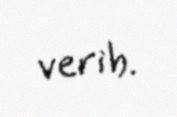
verib.